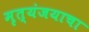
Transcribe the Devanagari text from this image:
मृत्यंजयाचा